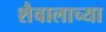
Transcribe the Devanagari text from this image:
शैवालाच्या